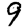
Digit: 9